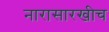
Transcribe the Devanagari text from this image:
नारासारखीच